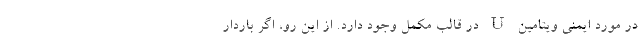
در مورد ایمنی ویتامین U در قالب مکمل وجود دارد. از این رو، اگر باردار